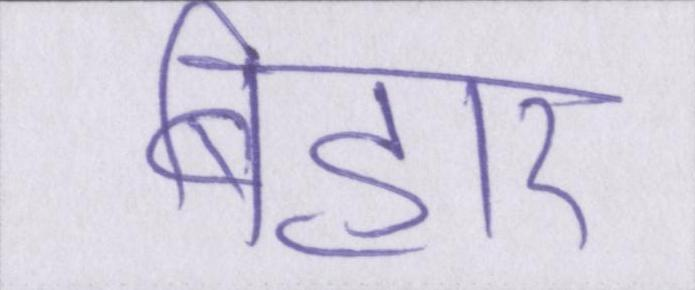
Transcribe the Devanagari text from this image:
बिहार